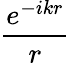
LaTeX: \frac{e^{-ikr}}{r}